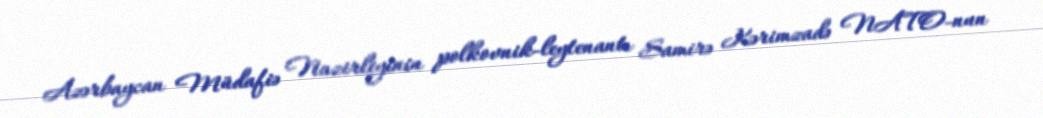
Azərbaycan Müdafiə Nazirliyinin polkovnik-leytenantı Samirə Kərimzadə NATO-nun